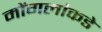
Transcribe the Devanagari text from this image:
मोंगलांकडे